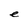
Character: e